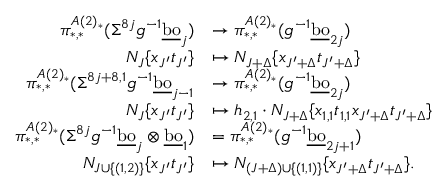
\begin{array} { r l } { \pi _ { * , * } ^ { A ( 2 ) _ { * } } ( \Sigma ^ { 8 j } g ^ { - 1 } \underline { { \mathrm { b o } } } _ { j } ) } & { \to \pi _ { * , * } ^ { A ( 2 ) _ { * } } ( g ^ { - 1 } \underline { { \mathrm { b o } } } _ { 2 j } ) } \\ { N _ { J } \{ x _ { J ^ { \prime } } t _ { J ^ { \prime } } \} } & { \mapsto N _ { J + \Delta } \{ x _ { J ^ { \prime } + \Delta } t _ { J ^ { \prime } + \Delta } \} } \\ { \pi _ { * , * } ^ { A ( 2 ) _ { * } } ( \Sigma ^ { 8 j + 8 , 1 } g ^ { - 1 } \underline { { \mathrm { b o } } } _ { j - 1 } } & { \to \pi _ { * , * } ^ { A ( 2 ) _ { * } } ( g ^ { - 1 } \underline { { \mathrm { b o } } } _ { 2 j } ) } \\ { N _ { J } \{ x _ { J ^ { \prime } } t _ { J ^ { \prime } } \} } & { \mapsto h _ { 2 , 1 } \cdot N _ { J + \Delta } \{ x _ { 1 , 1 } t _ { 1 , 1 } x _ { J ^ { \prime } + \Delta } t _ { J ^ { \prime } + \Delta } \} } \\ { \pi _ { * , * } ^ { A ( 2 ) _ { * } } ( \Sigma ^ { 8 j } g ^ { - 1 } \underline { { \mathrm { b o } } } _ { j } \otimes \underline { { \mathrm { b o } } } _ { 1 } ) } & { = \pi _ { * , * } ^ { A ( 2 ) _ { * } } ( g ^ { - 1 } \underline { { \mathrm { b o } } } _ { 2 j + 1 } ) } \\ { N _ { J \cup \{ ( 1 , 2 ) \} } \{ x _ { J ^ { \prime } } t _ { J ^ { \prime } } \} } & { \mapsto N _ { ( J + \Delta ) \cup \{ ( 1 , 1 ) \} } \{ x _ { J ^ { \prime } + \Delta } t _ { J ^ { \prime } + \Delta } \} . } \end{array}